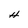
Character: H